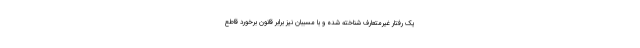
یک رفتار غیرمتعارف شناخته شده و با مسببان نیز برابر قانون برخورد قاطع